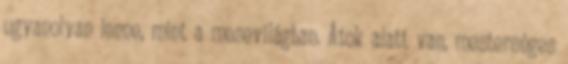
ugyanolyan lenne, mint a mesevilágban. Átok alatt van, mesterséges